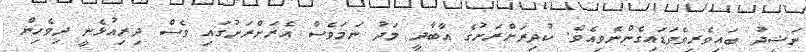
ނަޝީދު ބައިވެރިވެވަޑައިގެންނެވިއެވެ. ކުދިރަށްރަށުގެ އާބާދީ މަދު ނަމަވެސް އެރަށްރަށުގައި ވެސް ދިރިއުޅެނީ ދިވެހިން